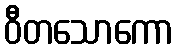
ဝီတသောကော